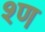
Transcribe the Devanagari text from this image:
श्ण